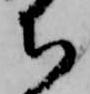
ち